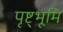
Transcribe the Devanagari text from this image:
पृष्ट्भूमि